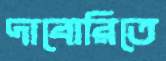
দাবোরিতে